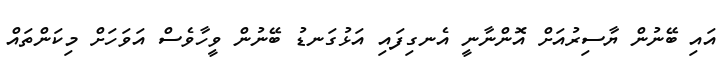
އައި ބޭނުން ޔާސިރުއަށް އޮންނާނީ އެނގިފައި އަޅުގަނޑު ބޭނުން ވީހާވެސް އަވަހަށް މިކަންތައް